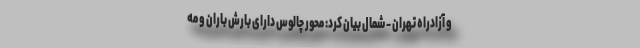
و آزادراه تهران - شمال بیان کرد: محور چالوس دارای بارش باران و مه